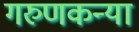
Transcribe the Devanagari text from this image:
गरुणकन्या